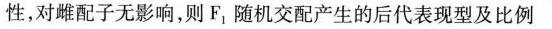
性，对雌配子无影响，则F_{1}随机交配产生的后代表现型及比例